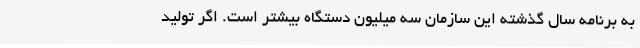
به برنامه سال گذشته این سازمان سه میلیون دستگاه بیشتر است. اگر تولید